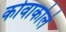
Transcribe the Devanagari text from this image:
कोवाकोले